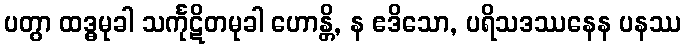
ပတွာ ထဒ္ဓမုခါ သင်္ကုဋိတမုခါ ဟောန္တိ, န ဧဒိသော, ပရိသဒဿနေန ပနဿ